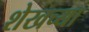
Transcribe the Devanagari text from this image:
शेखच्या